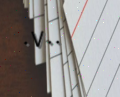
٠٧٠٠